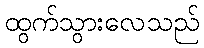
ထွက်သွားလေသည်